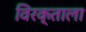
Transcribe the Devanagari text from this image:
विरक्ताला